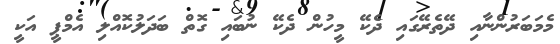
މެމަބަރުންނާއި ދޭތެރޭގައި ދެކޭ މީހުން ދެކޭ ނުބައި ގޮތް ބަދަލުކޮއްލި އެމްޕީ އަކީ